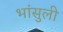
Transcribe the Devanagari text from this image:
भांसुली